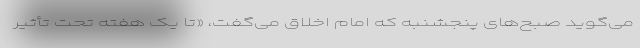
می‌گوید صبح‌های پنجشنبه که امام اخلاق می‌گفت، «تا یک هفته تحت تأثیر